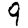
Digit: 9